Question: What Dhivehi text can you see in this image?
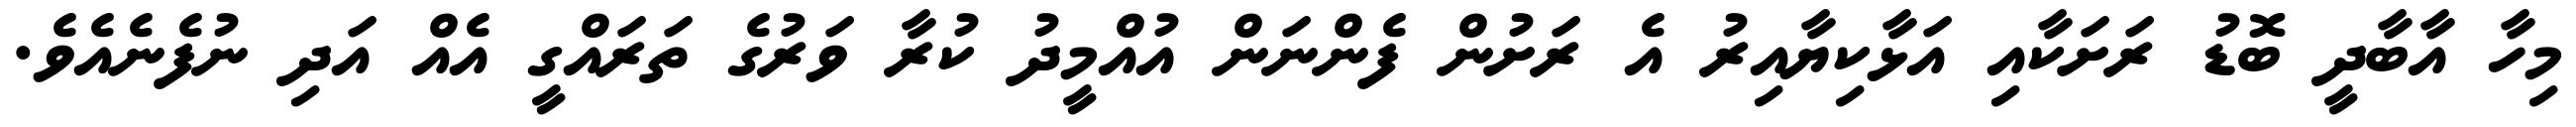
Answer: މިހާ އާބާދީ ބޮޑު ރަށަކާއި އަޅާކިޔާއިރު އެ ރަށުން ފެންނަން އުއްމީދު ކުރާ ވަރުގެ ތަރައްގީ އެއް އަދި ނުފެނެއެވެ.